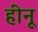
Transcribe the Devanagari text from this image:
हीनू